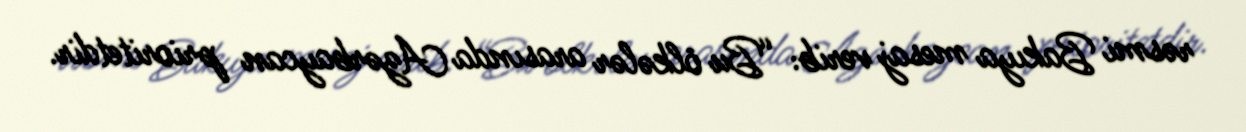
rəsmi Bakıya mesaj verib: “Bu ölkələr arasında Azərbaycan prioritetdir.